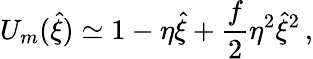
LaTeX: U_{m}(\hat{\xi})\simeq 1-\eta\hat{\xi}+\frac{f}{2}\eta^{2}\hat{\xi}^{2}\, ,